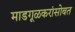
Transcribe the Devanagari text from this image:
माडगूळकरांसोबत